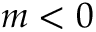
m < 0